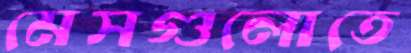
মেসগুলোতে